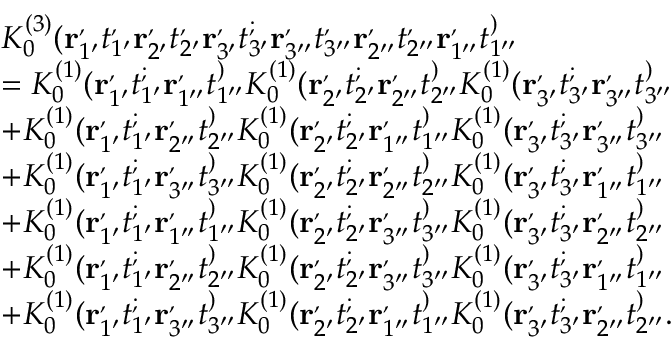
\begin{array} { r l } & { K _ { 0 } ^ { ( 3 ) } ( \mathbf { r } _ { 1 ^ { \prime } } ^ , t _ { 1 ^ { \prime } } ^ , \mathbf { r } _ { 2 ^ { \prime } } ^ , t _ { 2 ^ { \prime } } ^ , \mathbf { r } _ { 3 ^ { \prime } } ^ , t _ { 3 ^ { \prime } } ^ ; \mathbf { r } _ { 3 ^ { \prime \prime } } ^ , t _ { 3 ^ { \prime \prime } } ^ , \mathbf { r } _ { 2 ^ { \prime \prime } } ^ , t _ { 2 ^ { \prime \prime } } ^ , \mathbf { r } _ { 1 ^ { \prime \prime } } ^ , t _ { 1 ^ { \prime \prime } } ^ ) } \\ & { = K _ { 0 } ^ { ( 1 ) } ( \mathbf { r } _ { 1 ^ { \prime } } ^ , t _ { 1 ^ { \prime } } ^ ; \mathbf { r } _ { 1 ^ { \prime \prime } } ^ , t _ { 1 ^ { \prime \prime } } ^ ) K _ { 0 } ^ { ( 1 ) } ( \mathbf { r } _ { 2 ^ { \prime } } ^ , t _ { 2 ^ { \prime } } ^ ; \mathbf { r } _ { 2 ^ { \prime \prime } } ^ , t _ { 2 ^ { \prime \prime } } ^ ) K _ { 0 } ^ { ( 1 ) } ( \mathbf { r } _ { 3 ^ { \prime } } ^ , t _ { 3 ^ { \prime } } ^ ; \mathbf { r } _ { 3 ^ { \prime \prime } } ^ , t _ { 3 ^ { \prime \prime } } ^ ) } \\ & { + K _ { 0 } ^ { ( 1 ) } ( \mathbf { r } _ { 1 ^ { \prime } } ^ , t _ { 1 ^ { \prime } } ^ ; \mathbf { r } _ { 2 ^ { \prime \prime } } ^ , t _ { 2 ^ { \prime \prime } } ^ ) K _ { 0 } ^ { ( 1 ) } ( \mathbf { r } _ { 2 ^ { \prime } } ^ , t _ { 2 ^ { \prime } } ^ ; \mathbf { r } _ { 1 ^ { \prime \prime } } ^ , t _ { 1 ^ { \prime \prime } } ^ ) K _ { 0 } ^ { ( 1 ) } ( \mathbf { r } _ { 3 ^ { \prime } } ^ , t _ { 3 ^ { \prime } } ^ ; \mathbf { r } _ { 3 ^ { \prime \prime } } ^ , t _ { 3 ^ { \prime \prime } } ^ ) } \\ & { + K _ { 0 } ^ { ( 1 ) } ( \mathbf { r } _ { 1 ^ { \prime } } ^ , t _ { 1 ^ { \prime } } ^ ; \mathbf { r } _ { 3 ^ { \prime \prime } } ^ , t _ { 3 ^ { \prime \prime } } ^ ) K _ { 0 } ^ { ( 1 ) } ( \mathbf { r } _ { 2 ^ { \prime } } ^ , t _ { 2 ^ { \prime } } ^ ; \mathbf { r } _ { 2 ^ { \prime \prime } } ^ , t _ { 2 ^ { \prime \prime } } ^ ) K _ { 0 } ^ { ( 1 ) } ( \mathbf { r } _ { 3 ^ { \prime } } ^ , t _ { 3 ^ { \prime } } ^ ; \mathbf { r } _ { 1 ^ { \prime \prime } } ^ , t _ { 1 ^ { \prime \prime } } ^ ) } \\ & { + K _ { 0 } ^ { ( 1 ) } ( \mathbf { r } _ { 1 ^ { \prime } } ^ , t _ { 1 ^ { \prime } } ^ ; \mathbf { r } _ { 1 ^ { \prime \prime } } ^ , t _ { 1 ^ { \prime \prime } } ^ ) K _ { 0 } ^ { ( 1 ) } ( \mathbf { r } _ { 2 ^ { \prime } } ^ , t _ { 2 ^ { \prime } } ^ ; \mathbf { r } _ { 3 ^ { \prime \prime } } ^ , t _ { 3 ^ { \prime \prime } } ^ ) K _ { 0 } ^ { ( 1 ) } ( \mathbf { r } _ { 3 ^ { \prime } } ^ , t _ { 3 ^ { \prime } } ^ ; \mathbf { r } _ { 2 ^ { \prime \prime } } ^ , t _ { 2 ^ { \prime \prime } } ^ ) } \\ & { + K _ { 0 } ^ { ( 1 ) } ( \mathbf { r } _ { 1 ^ { \prime } } ^ , t _ { 1 ^ { \prime } } ^ ; \mathbf { r } _ { 2 ^ { \prime \prime } } ^ , t _ { 2 ^ { \prime \prime } } ^ ) K _ { 0 } ^ { ( 1 ) } ( \mathbf { r } _ { 2 ^ { \prime } } ^ , t _ { 2 ^ { \prime } } ^ ; \mathbf { r } _ { 3 ^ { \prime \prime } } ^ , t _ { 3 ^ { \prime \prime } } ^ ) K _ { 0 } ^ { ( 1 ) } ( \mathbf { r } _ { 3 ^ { \prime } } ^ , t _ { 3 ^ { \prime } } ^ ; \mathbf { r } _ { 1 ^ { \prime \prime } } ^ , t _ { 1 ^ { \prime \prime } } ^ ) } \\ & { + K _ { 0 } ^ { ( 1 ) } ( \mathbf { r } _ { 1 ^ { \prime } } ^ , t _ { 1 ^ { \prime } } ^ ; \mathbf { r } _ { 3 ^ { \prime \prime } } ^ , t _ { 3 ^ { \prime \prime } } ^ ) K _ { 0 } ^ { ( 1 ) } ( \mathbf { r } _ { 2 ^ { \prime } } ^ , t _ { 2 ^ { \prime } } ^ ; \mathbf { r } _ { 1 ^ { \prime \prime } } ^ , t _ { 1 ^ { \prime \prime } } ^ ) K _ { 0 } ^ { ( 1 ) } ( \mathbf { r } _ { 3 ^ { \prime } } ^ , t _ { 3 ^ { \prime } } ^ ; \mathbf { r } _ { 2 ^ { \prime \prime } } ^ , t _ { 2 ^ { \prime \prime } } ^ ) . } \end{array}